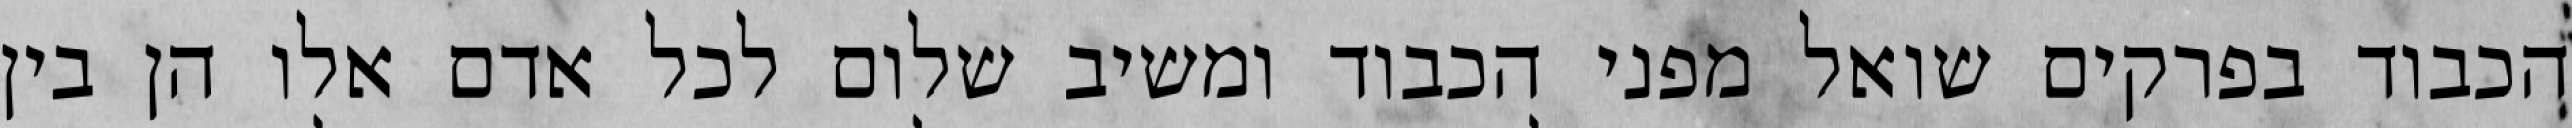
הכבוד בפרקים שואל מפני הכבוד ומשיב שלום לכל אדם אלו הן בין